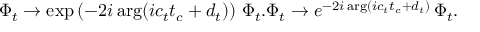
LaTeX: \Phi _ { t } \rightarrow \exp \left( - 2 i \arg ( i c _ { t } t _ { c } + d _ { t } ) \right) \, \Phi _ { t } . \Phi _ { t } \rightarrow e ^ { - 2 i \arg ( i c _ { t } t _ { c } + d _ { t } ) } \, \Phi _ { t } .